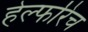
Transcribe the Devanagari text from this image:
हेल्फरिच